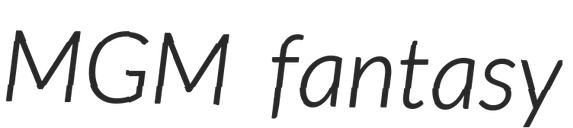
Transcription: MGM fantasy